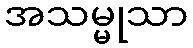
အသမ္မုသာ